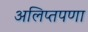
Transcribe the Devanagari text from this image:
अलिप्तपणा